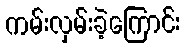
ကမ်းလှမ်းခဲ့ကြောင်း